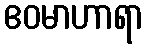
ဧဝမာဟာရာ